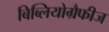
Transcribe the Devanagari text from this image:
बिब्लियोग्रैफीज